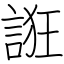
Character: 誑